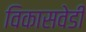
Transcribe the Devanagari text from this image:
विकासवेडी